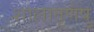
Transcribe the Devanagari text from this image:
शालातृणेषु